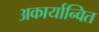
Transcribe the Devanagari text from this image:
अकार्यान्वित